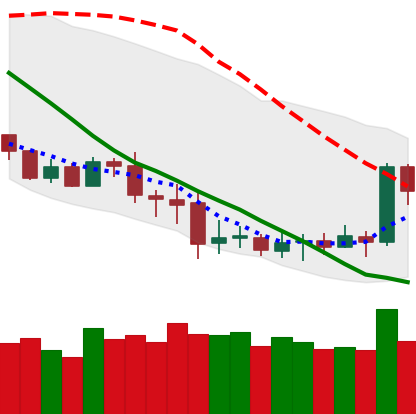
Ticker: XRP-USD
Chart end date: 2020-07-07
Forward return: 8.524%
Label: up_7plus